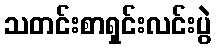
သတင်းစာရှင်းလင်းပွဲ